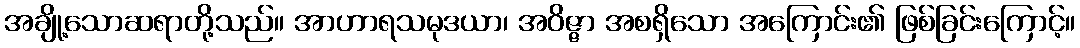
အချို့သောဆရာတို့သည်။ အာဟာရသမုဒယာ၊ အဝိဇ္ဇာ အစရှိသော အကြောင်း၏ ဖြစ်ခြင်းကြောင့်။